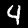
Digit: 4